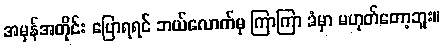
အမှန်အတိုင်း ပြောရရင် ဘယ်လောက်မှ ကြာကြာ ခံမှာ မဟုတ်တော့ဘူး။